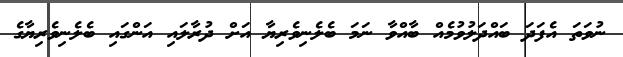
ނުވަތަ އެފަދަ ބައްދަލުވުމެއް ބާއްވާ ނަމަ ބެލެނިވެރިޔާ އަށް ދުރާލައި އަންގައި ބެލެނިވެރިޔާގެ